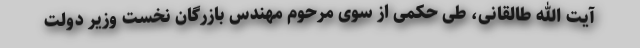
آیت الله طالقانی، طی حکمی از سوی مرحوم مهندس بازرگان نخست وزیر دولت